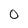
Character: O